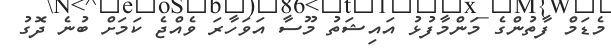
މެޑަމް ފާތުންގެ މަންމާފުޅު އައިޝަތު މޫސާ އަވަހާރަ ވެއްޖެ ކަމަށް ބުނެ ދޮގު